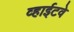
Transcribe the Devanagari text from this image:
व्हाईटवे